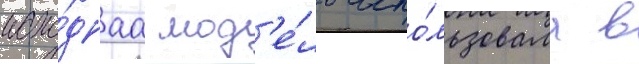
исхо́днаа мод'е́ль испо́льзовала в